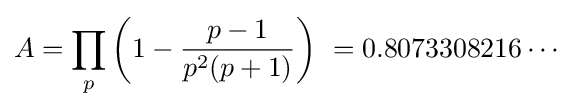
A=\prod _{p}\left({1-{\frac {p-1}{p^{2}(p+1)}}}\right)\ =0.8073308216\cdots